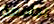
بجامعة